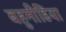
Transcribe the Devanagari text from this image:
बहुमीडिया